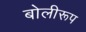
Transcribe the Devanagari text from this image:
बोलीरूप